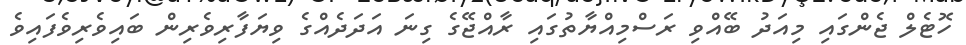
ހޮޓެލް ޖެންގައި މިއަދު ބޭއްވި ރަސްމިއްޔާތުގައި ރާއްޖޭގެ ގިނަ އަދަދެއްގެ ވިޔަފާރިވެރިން ބައިވެރިވެފައިވެ